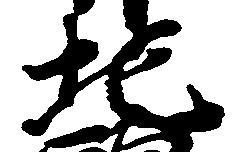
地